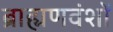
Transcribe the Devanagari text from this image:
ब्राह्मणवंशों